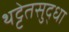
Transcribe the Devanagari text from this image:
थट्टेतसुद्धा